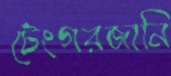
টেংগরজানি